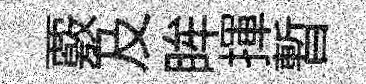
覈及眸揮暫